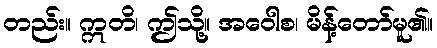
တည်း။ ဣတိ၊ ဤသို့။ အဝေါစ၊ မိန့်တော်မူ၏။